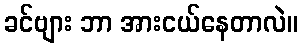
ခင်ဗျား ဘာ အားငယ်နေတာလဲ။